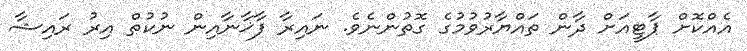
އެއްކޮށް ޕާޓީއަށް ދާން ތައްޔާރުވުމުގެ ގޮތުންނެވެ. ނައިރާ ފާޚާނާއިން ނުކުތް އިރު ރައިޝާ